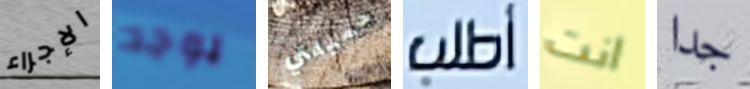
الإجراء يوجد جميلتي أطلب انت جدا